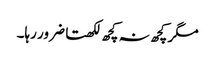
مگر کچھ نہ کچھ لکھتا ضرور رہا۔